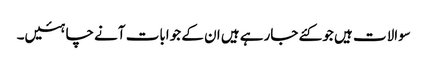
سوالات ہیں جو کئے جارہے ہیں ان کے جوابات آنے چاہئیں۔